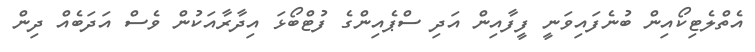
އެތްލެޓިކޯއިން ބުނެފައިވަނީ ފީފާއިން އަދި ސްޕެއިންގެ ފުޓްބޯޅަ އިދާރާއަކުން ވެސް އަދަބެއް ދިން